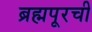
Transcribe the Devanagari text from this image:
ब्रह्मपूरची